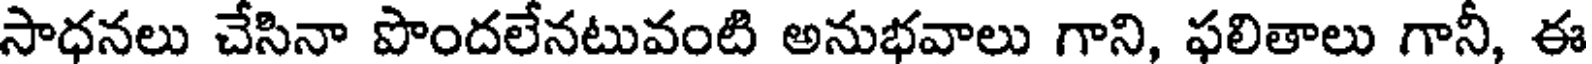
సాధనలు చేసినా పొందలేనటువంటి అనుభవాలు గాని, ఫలితాలు గానీ, ఈ